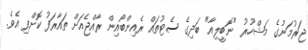
ޖަރުމަނުގެ މަޝްހޫރު "ނޮބީލިއާ" ބަދިގެ ސެޓުތައް ރެއިންބޯއިން ރާއްޖެއަށް ތައާރަފު ކޮށްފި އެވެ.